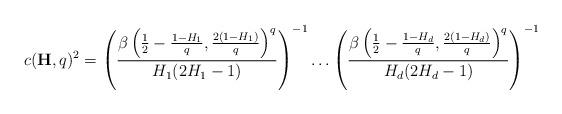
LaTeX: \begin{align*}c(\mathbf{H},q)^{2} = \left( \frac{\beta \left( \frac{1}{2} - \frac{1-H_{1}}{q},\frac{2(1-H_{1})}{q} \right) ^{q}}{H_{1}(2H_{1}-1)} \right)^{-1} \ldots \left( \frac{\beta \left( \frac{1}{2} - \frac{1-H_{d}}{q},\frac{2(1-H_{d})}{q} \right) ^{q}}{H_{d}(2H_{d}-1)} \right)^{-1}\end{align*}